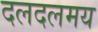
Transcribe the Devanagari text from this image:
दलदलमय